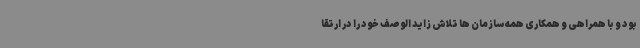
بود و با همراهی و همکاری همه سازمان ها تلاش زاید الوصف خود را در ارتقا